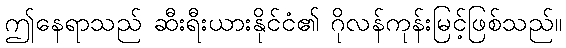
ဤနေရာသည် ဆီးရီးယားနိုင်ငံ၏ ဂိုလန်ကုန်းမြင့်ဖြစ်သည်။